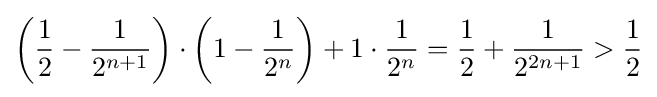
\left({\frac {1}{2}}-{\frac {1}{2^{n+1}}}\right)\cdot \left(1-{\frac {1}{2^{n}}}\right)+1\cdot {\frac {1}{2^{n}}}={\frac {1}{2}}+{\frac {1}{2^{2n+1}}}>{\frac {1}{2}}